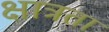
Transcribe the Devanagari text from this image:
क्षात्रता